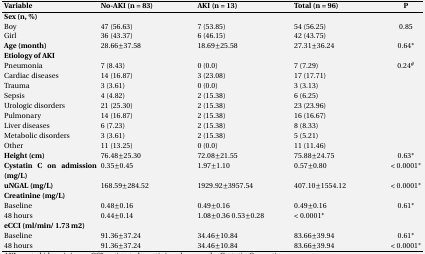
<table><thead><tr><td><b>Variable</b></td><td><b>No-AKI(n = 83)</b></td><td><b>AKI(n = 13)</b></td><td><b>Total(n = 96)</b></td><td><b>P</b></td></tr></thead><tbody><tr><td><b>Sex (n, %)</b></td><td></td><td></td><td></td><td></td></tr><tr><td>Boy</td><td>47 (56.63)</td><td>7 (53.85)</td><td>54 (56.25)</td><td>0.85</td></tr><tr><td>Girl</td><td>36 (43.37)</td><td>6 (46.15)</td><td>42 (43.75)</td><td></td></tr><tr><td><b>Age (month)</b></td><td>28.66±37.58</td><td>18.69±25.58</td><td>27.31±36.24</td><td>0.64*</td></tr><tr><td><b>Etiology of AKI</b></td><td></td><td></td><td></td><td></td></tr><tr><td>Pneumonia</td><td>7 (8.43)</td><td>0 (0.0)</td><td>7 (7.29)</td><td>0.24<sup>#</sup></td></tr><tr><td>Cardiac diseases</td><td>14 (16.87)</td><td>3 (23.08)</td><td>17 (17.71)</td><td></td></tr><tr><td>Trauma</td><td>3 (3.61)</td><td>0 (0.0)</td><td>3 (3.13)</td><td></td></tr><tr><td>Sepsis</td><td>4 (4.82)</td><td>2 (15.38)</td><td>6 (6.25)</td><td></td></tr><tr><td>Urologic disorders</td><td>21 (25.30)</td><td>2 (15.38)</td><td>23 (23.96)</td><td></td></tr><tr><td>Pulmonary </td><td>14 (16.87)</td><td>2 (15.38)</td><td>16 (16.67)</td><td></td></tr><tr><td>Liver diseases</td><td>6 (7.23)</td><td>2 (15.38)</td><td>8 (8.33)</td><td></td></tr><tr><td>Metabolic disorders</td><td>3 (3.61)</td><td>2 (15.38)</td><td>5 (5.21)</td><td></td></tr><tr><td>Other</td><td>11 (13.25)</td><td>0 (0.0)</td><td>11 (11.46)</td><td></td></tr><tr><td><b>Height (cm)</b></td><td>76.48±25.30</td><td>72.08±21.55</td><td>75.88±24.75</td><td>0.63 *</td></tr><tr><td><b>Cystatin C on admission (mg/L)</b></td><td>0.35±0.45</td><td>1.97±1.10</td><td>0.57±0.80</td><td>&lt; 0.0001*</td></tr><tr><td><b>uNGAL (mg/L)</b></td><td>168.59±284.52</td><td>1929.92±3957.54</td><td>407.10±1554.12</td><td>&lt; 0.0001 *</td></tr><tr><td><b>Creatinine (mg/L) </b></td><td></td><td></td><td></td><td></td></tr><tr><td>Baseline</td><td>0.48±0.16</td><td>0.49±0.16</td><td>0.49±0.16</td><td>0.61 *</td></tr><tr><td>48 hours</td><td>0.44±0.14</td><td>1.08±0.36</td><td>0.53±0.28</td><td>&lt; 0.0001 *</td></tr><tr><td><b>eCCI (ml/min/ 1.73 m2)</b></td><td></td><td></td><td></td><td></td></tr><tr><td>Baseline</td><td>91.36±37.24</td><td>34.46±10.84</td><td>83.66±39.94</td><td>0.61 *</td></tr><tr><td>48 hours</td><td>91.36±37.24</td><td>34.46±10.84</td><td>83.66±39.94</td><td>&lt; 0.0001 *</td></tr></tbody></table>